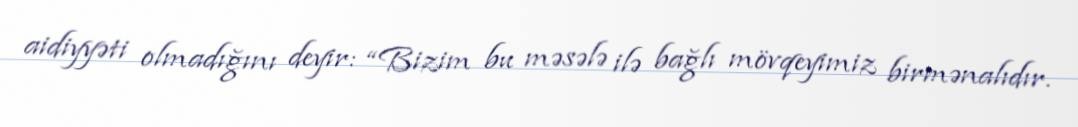
aidiyyəti olmadığını deyir: “Bizim bu məsələ ilə bağlı mövqeyimiz birmənalıdır.